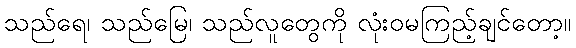
သည်ရေ၊ သည်မြေ၊ သည်လူတွေကို လုံးဝမကြည့်ချင်တော့။